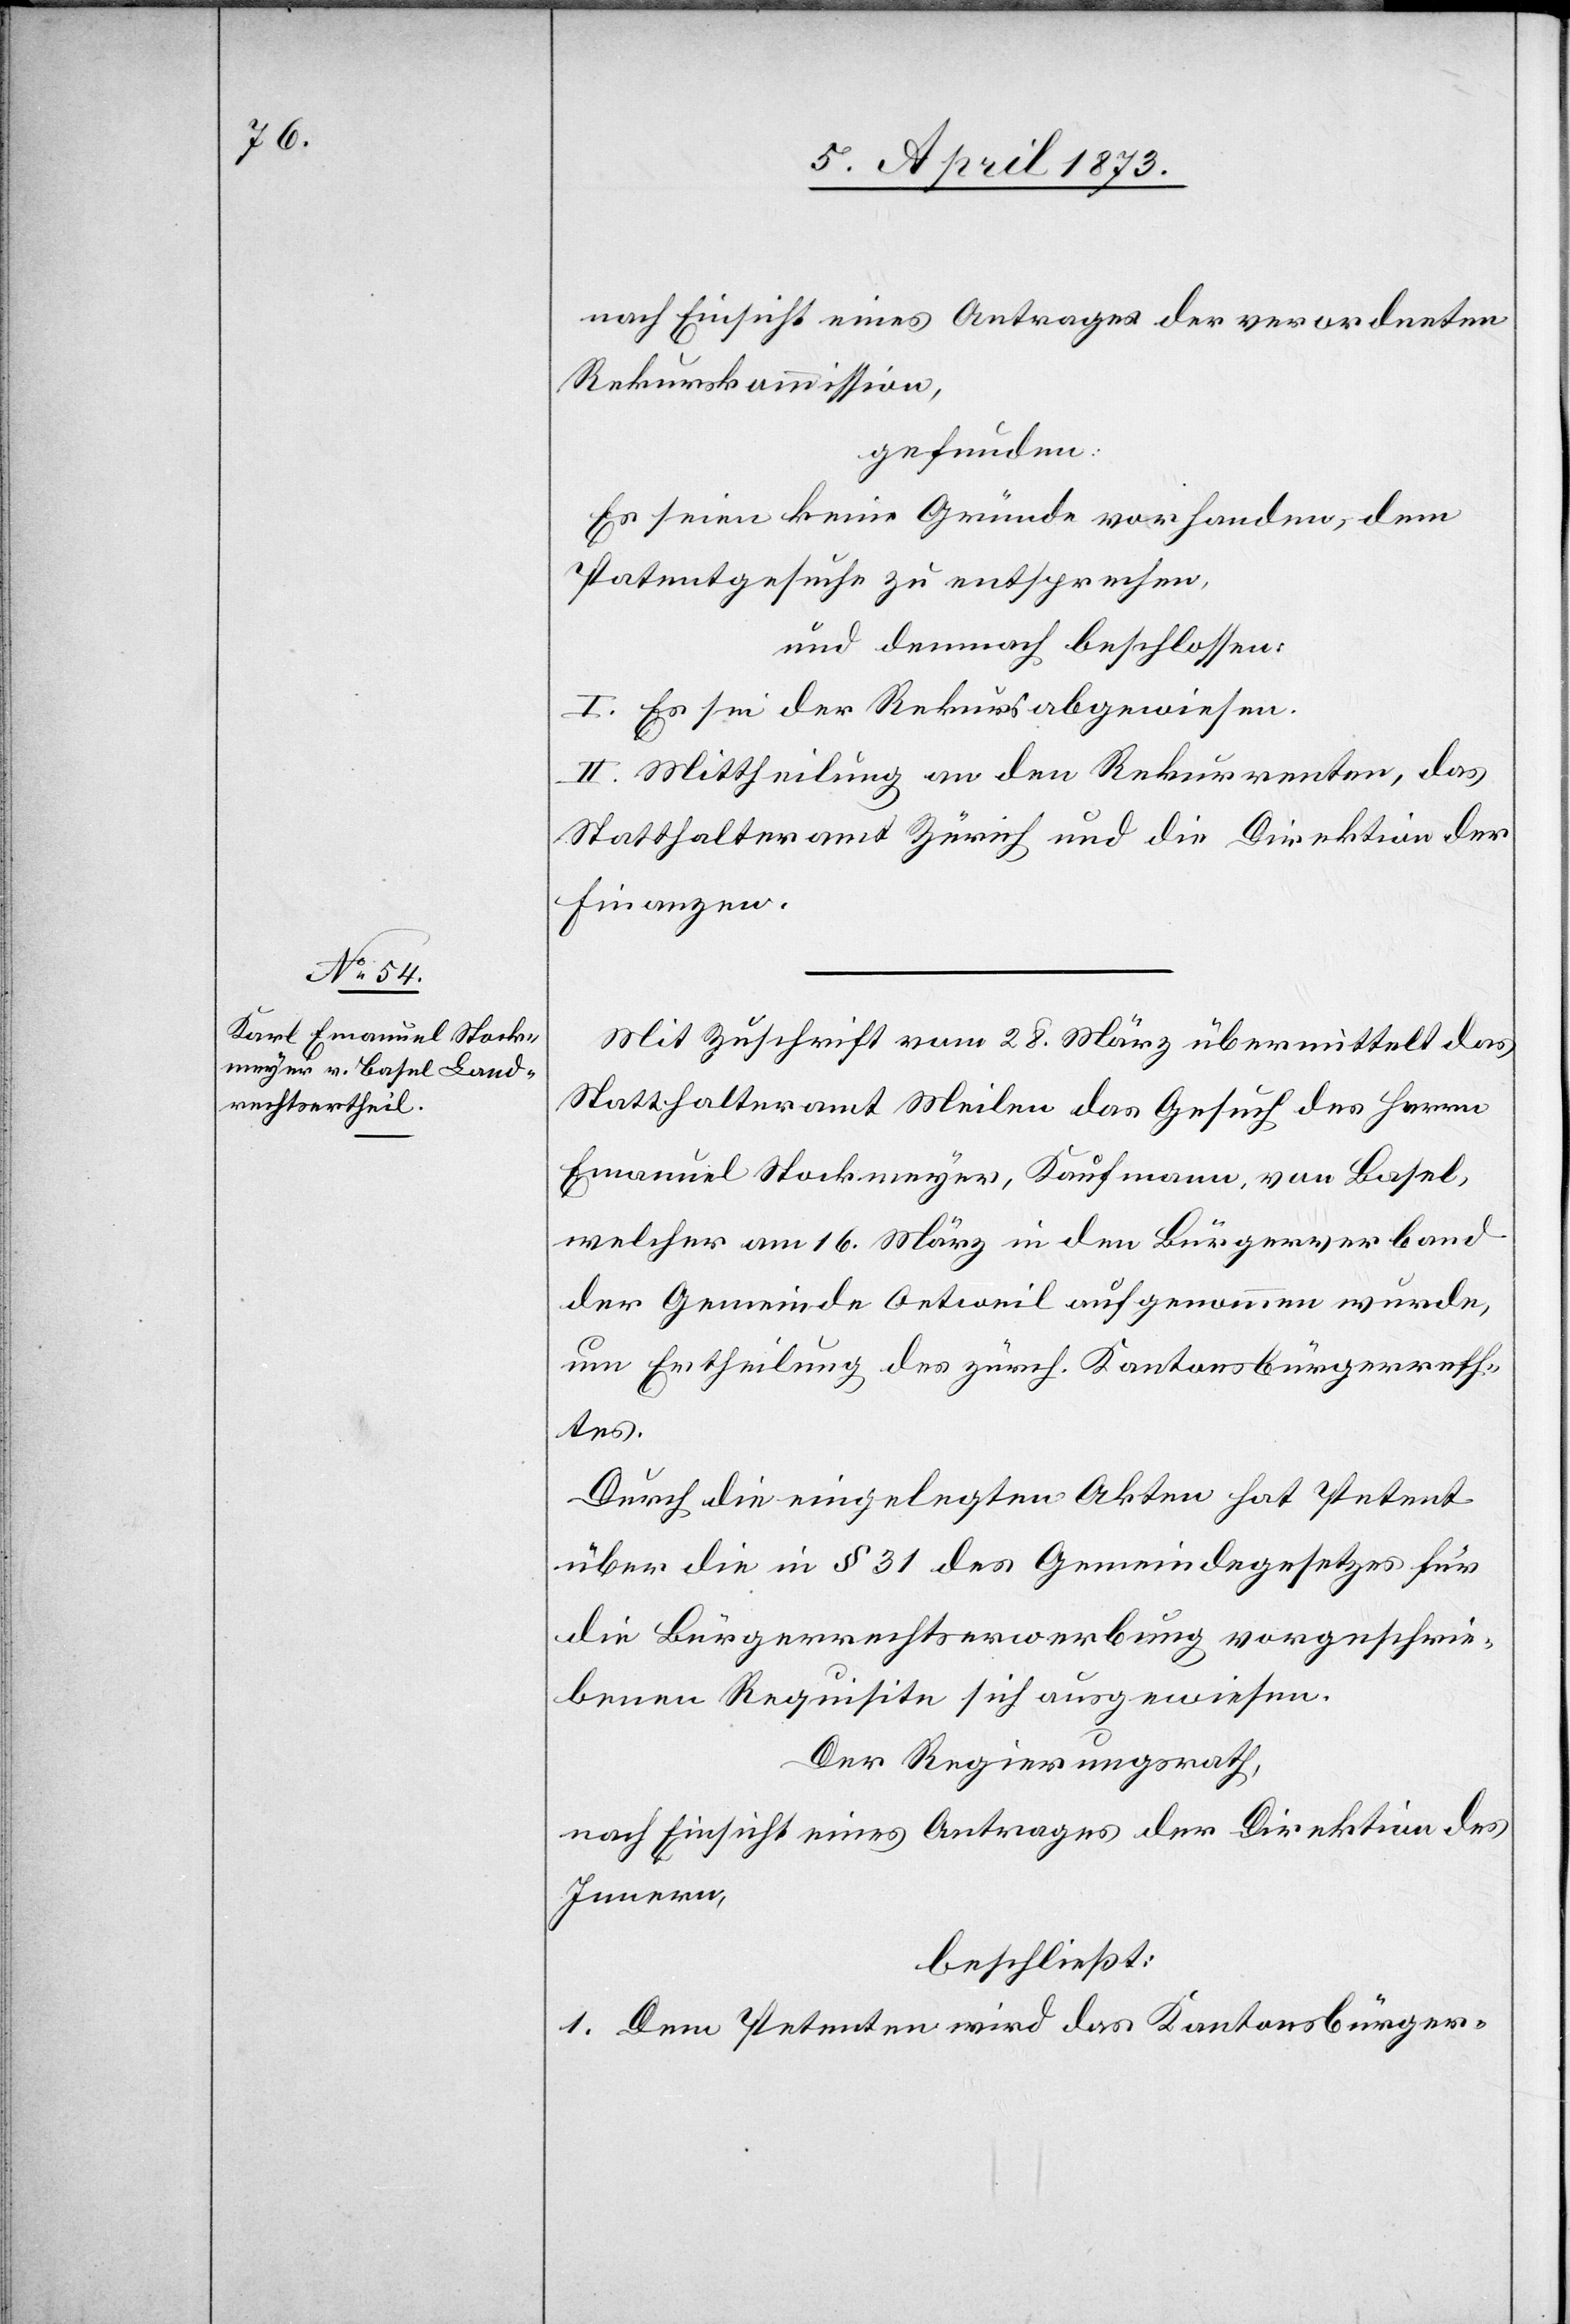
nach Einsicht eines Antrages der verordneten
Rekurskommission,
gefunden:
Es seien keine Gründe vorhanden, dem
Patentgesuche zu entsprechen,
und demnach beschlossen:
I. Es sei der Rekurs abgewiesen.
II. Mittheilung an den Rekurrenten, das
Statthalteramt Zürich und die Direktion der
Finanzen.
Mit Zuschrift vom 28. März übermittelt das
Statthalteramt Meilen das Gesuch des Herrn
Emanuel Stockmeyer, Kaufmann, von Basel,
welcher am 16. März in den Bürgerverband
der Gemeinde Oetweil aufgenommen wurde,
um Ertheilung des zürch. Kantonsbürgerrefh¬
tes
Durch die eingelegten Akten hat Petent
über die in § 31 des Gemeindegesetzes für
die Bürgerrechtserwerbung vorgeschrie¬
benen Requisite sich ausgewiesen.
Der Regierungsrath,
nach Einsicht eines Antrages der Direktion des
Innern,
beschließt:
1. Dem Petenten wird das Kantonsbürger-